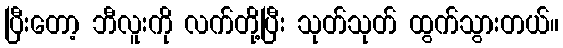
ပြီးတော့ ဘီလူးကို လက်တို့ပြီး သုတ်သုတ် ထွက်သွားတယ်။